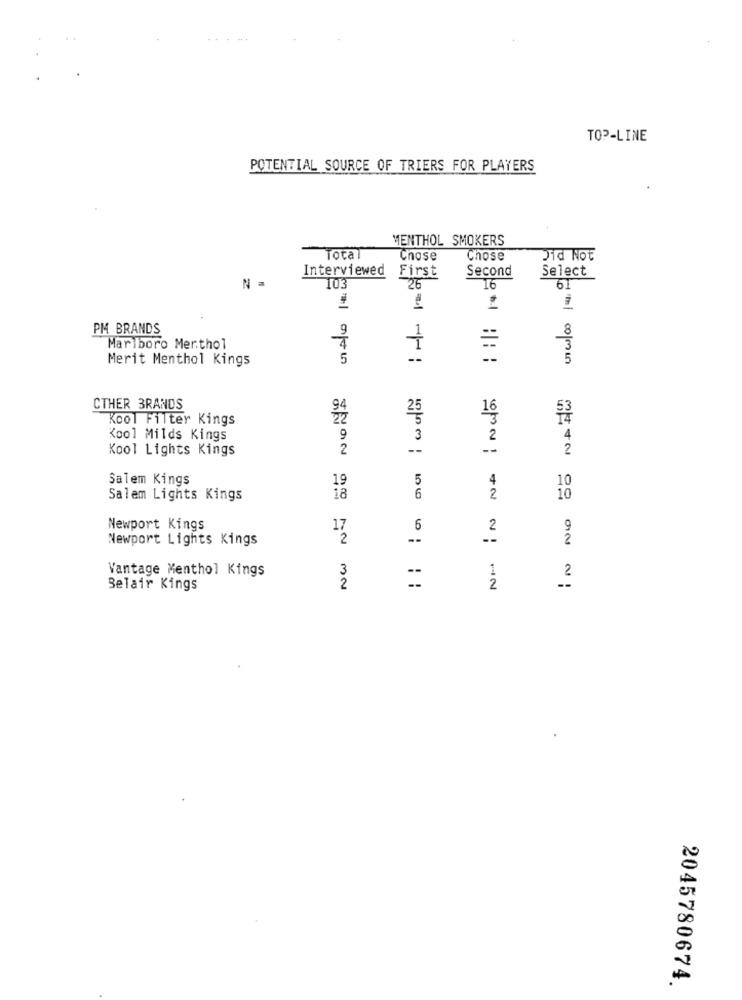
TOP-LINE
POTENTIAL SOURCE OF TRIERS FOR PLAYERS
MENTHOL SMOKERS
Total
Chose
Chose
Did Not
Interviewed
First
Second
Select
N =
10
26
16
61
PM BRANDS
9
1
8
Mariboro Merthol
Merit Menthol Kings
5
--
--
5
CTHER 3RANDS
94
53
Kool Filter Kings
25
Kool Milds Kings
9
3
2
Kool Lights Kings
2
--
--
Salem Kings
19
5
4
10
Salem Lights Kings
18
6
2
10
Newport Kings
17
6
2
9
Newport Lights Kings
2
2
Vantage Menthol Kings
3
1
2
Belair Kings
2
2
2045780674.